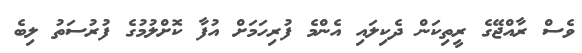
ވެސް ރާއްޖޭގެ ރީތިކަން ދެކިލައި އެންމެ ފުރިހަމަށް އުފާ ކޮށްލުމުގެ ފުރުސަތު ލިބެ